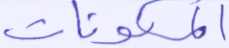
المكونات